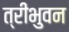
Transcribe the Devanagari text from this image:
त्रीभुवन